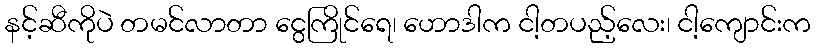
နင့်ဆီကိုပဲ တမင်လာတာ ငွေကြိုင်ရေ၊ ဟောဒါက ငါ့တပည့်လေး၊ ငါ့ကျောင်းက